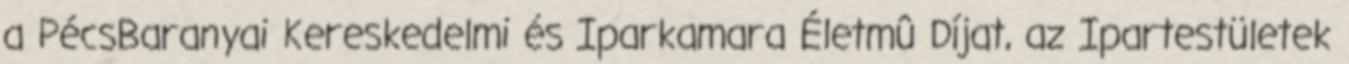
a PécsBaranyai Kereskedelmi és Iparkamara Életmû Díjat, az Ipartestületek